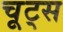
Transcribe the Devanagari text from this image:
चूट्स